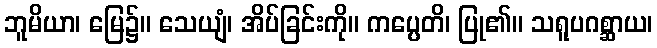
ဘူမိယာ၊ မြေ၌။ သေယျံ၊ အိပ်ခြင်းကို။ ကပ္ပေတိ၊ ပြု၏။ သရူပဂစ္ဆာယ၊